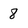
Character: 8